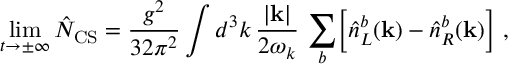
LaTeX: \operatorname * { l i m } _ { t \rightarrow \pm \infty } \hat { N } _ { \mathrm { C S } } = \frac { g ^ { 2 } } { 3 2 \pi ^ { 2 } } \int d ^ { 3 } k \, \frac { | { \bf k } | } { 2 \omega _ { k } } \, \sum _ { b } \Bigl [ \hat { n } _ { L } ^ { b } ( { \bf k } ) - \hat { n } _ { R } ^ { b } ( { \bf k } ) \Bigr ] \ ,